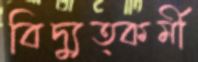
বিদ্যুত্কর্মী